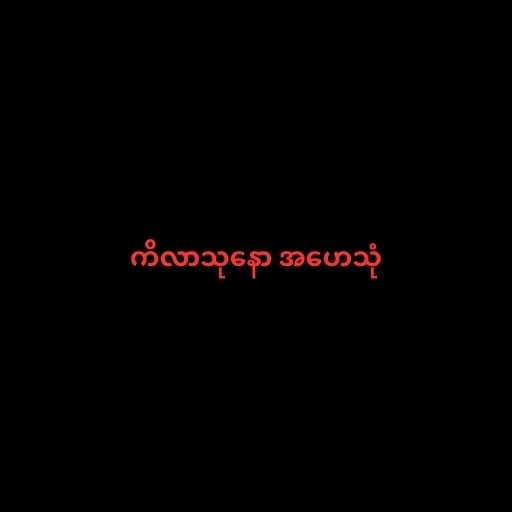
ကိလာသုနော အဟေသုံ